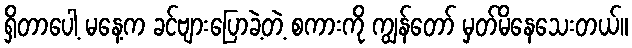
ရှိတာပေါ့ မနေ့က ခင်ဗျားပြောခဲ့တဲ့ စကားကို ကျွန်တော် မှတ်မိနေသေးတယ်။